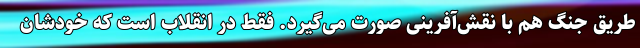
طریق جنگ هم با نقش‌آفرینی صورت می‌گیرد. فقط در انقلاب است که خودشان